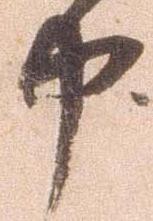
申